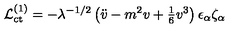
{ \cal L } _ { \mathrm { c t } } ^ { ( 1 ) } = - \lambda ^ { - 1 / 2 } \left( \ddot { v } - m ^ { 2 } v + { \textstyle { \frac { 1 } { 6 } } } v ^ { 3 } \right) \epsilon _ { \alpha } \zeta _ { \alpha }